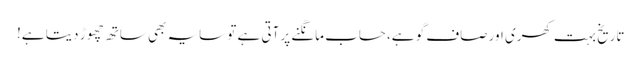
تاریخ بہت کھری اور صاف گو ہے، حساب مانگنے پر آتی ہے تو سایہ بھی ساتھ چھوڑ دیتا ہے!